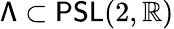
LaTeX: \mathsf{\Lambda}\subset\mathsf{PSL}(2,\mathbb{R})